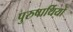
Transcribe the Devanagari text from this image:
पुरुषार्थियों